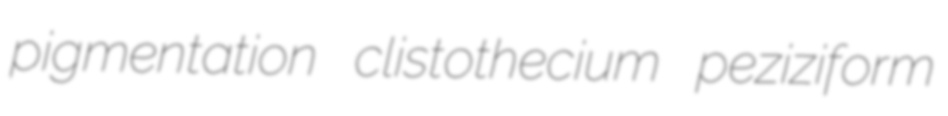
pigmentation clistothecium peziziform